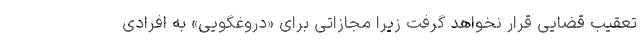
تعقیب قضایی قرار نخواهد گرفت زیرا مجازاتی برای «دروغگویی» به افرادی